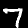
Digit: 7